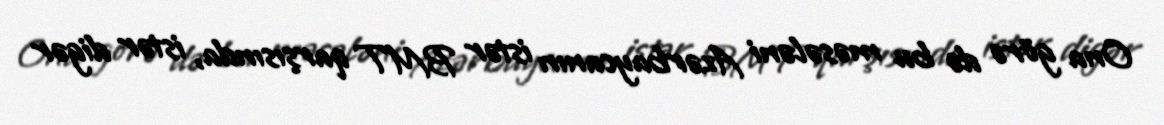
Ona görə də bu məsələni Azərbaycanın istər BMT qarşısında, istər digər